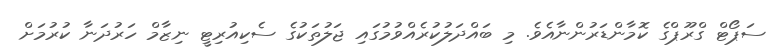
ސަޕޯޓް ގްރޫޕްގެ ކޮމާންޑަރުންނާއެވެ. މި ބައްދަލުކުރެއްވުމުގައި ޖަލުތަކުގެ ސެކިއުރިޓީ ނިޒާމް ހަރުދަނާ ކުރުމަށް